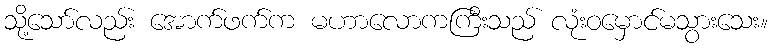
သို့သော်လည်း အောက်ဖက်က မဟာလောကကြီးသည် လုံးဝမှောင်မသွားသေး။